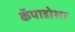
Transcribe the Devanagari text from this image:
कॅपाडोशा